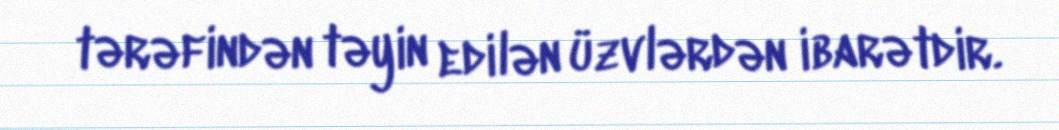
tərəfindən təyin edilən üzvlərdən ibarətdir.